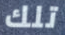
تلك